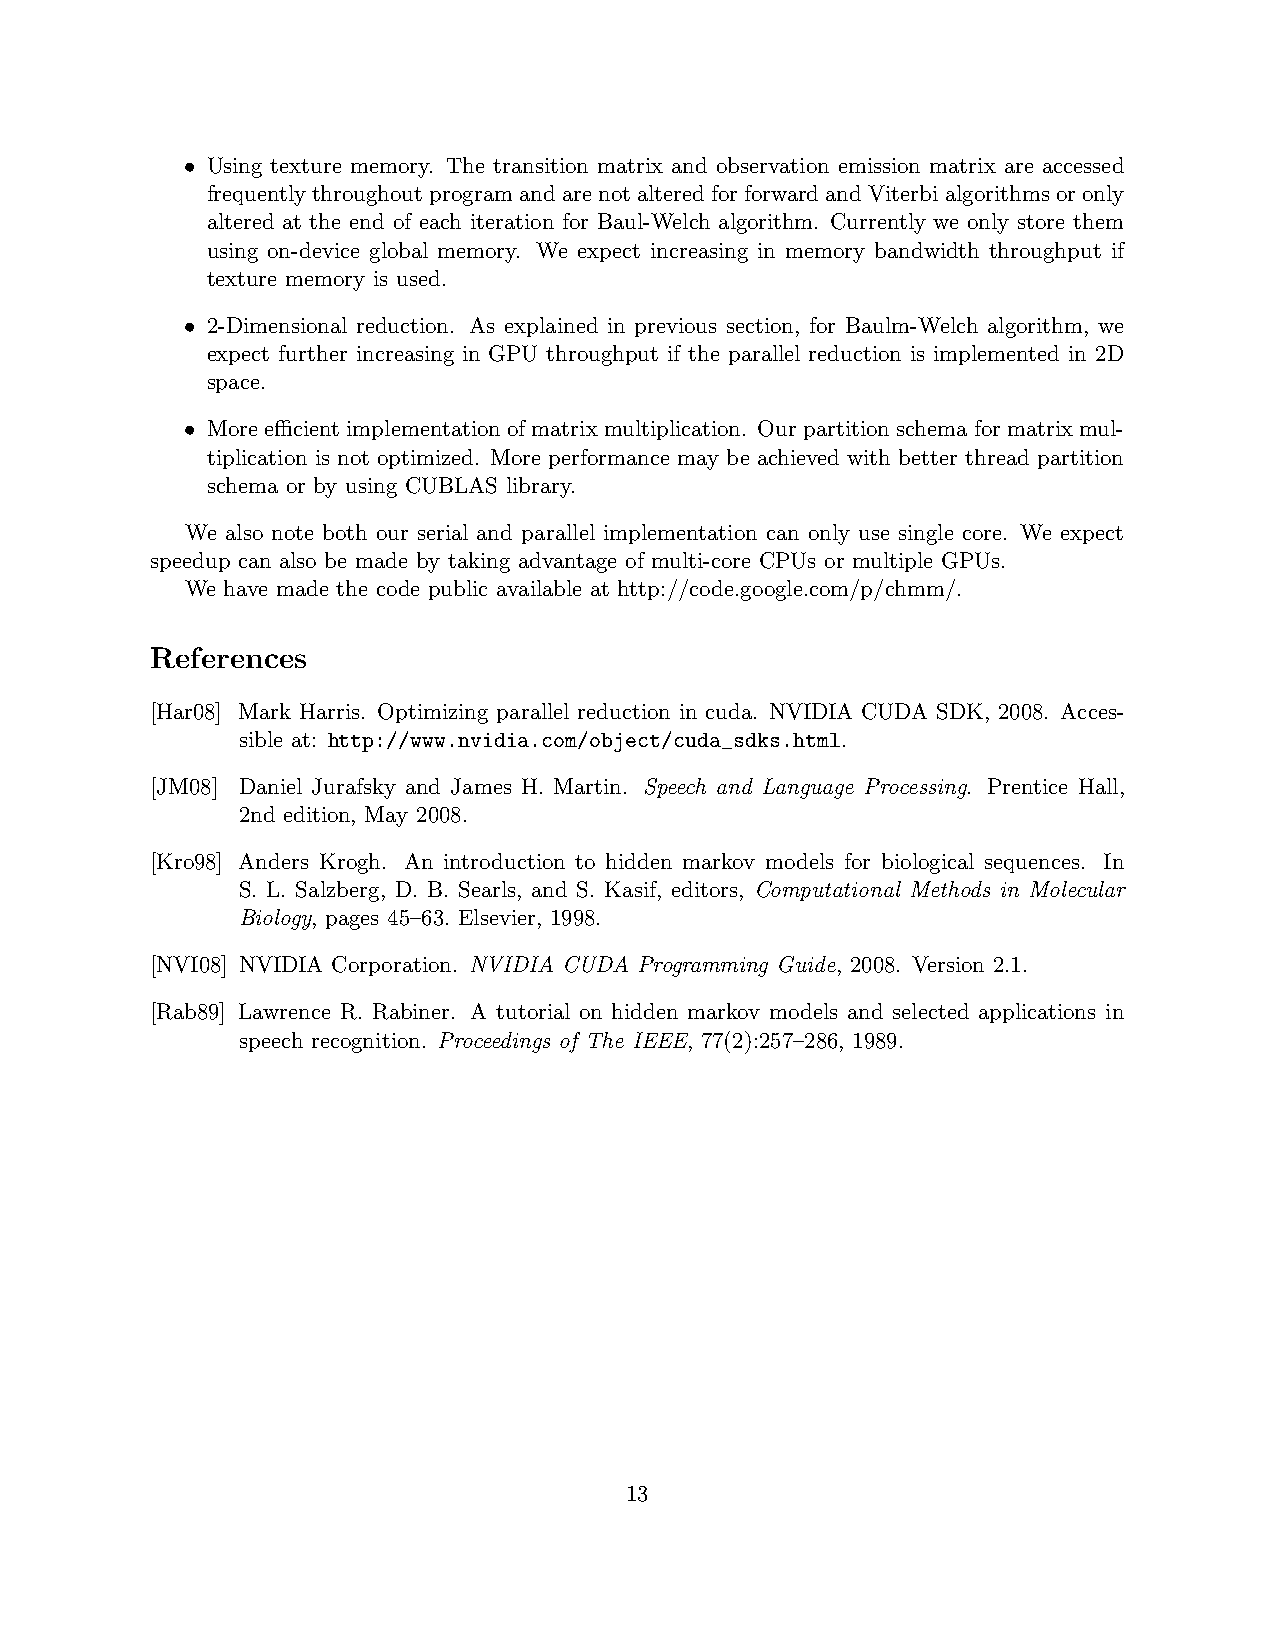
• Using texture memory. The transition matrix and observation emission matrix are accessed
 frequentlythroughoutprogramandarenotalteredforforwardandViterbialgorithmsoronly
 altered at the end of each iteration for Baul-Welch algorithm. Currently we only store them
 using on-device global memory. We expect increasing in memory bandwidth throughput if
 texture memory is used.
 • 2-Dimensional reduction. As explained in previous section, for Baulm-Welch algorithm, we
 expect further increasing in GPU throughput if the parallel reduction is implemented in 2D
 space.
 • Moreefficientimplementationofmatrixmultiplication. Ourpartitionschemaformatrixmul-
 tiplication is not optimized. More performance may be achieved with better thread partition
 schema or by using CUBLAS library.
 We also note both our serial and parallel implementation can only use single core. We expect
 speedup can also be made by taking advantage of multi-core CPUs or multiple GPUs.
 We have made the code public available at http://code.google.com/p/chmm/.
 References
 [Har08] Mark Harris. Optimizing parallel reduction in cuda. NVIDIA CUDA SDK, 2008. Acces-
 sible at: http://www.nvidia.com/object/cuda_sdks.html.
 [JM08] Daniel Jurafsky and James H. Martin. Speech and Language Processing. Prentice Hall,
 2nd edition, May 2008.
 [Kro98] Anders Krogh. An introduction to hidden markov models for biological sequences. In
 S. L. Salzberg, D. B. Searls, and S. Kasif, editors, Computational Methods in Molecular
 Biology, pages 45–63. Elsevier, 1998.
 [NVI08] NVIDIA Corporation. NVIDIA CUDA Programming Guide, 2008. Version 2.1.
 [Rab89] Lawrence R. Rabiner. A tutorial on hidden markov models and selected applications in
 speech recognition. Proceedings of The IEEE, 77(2):257–286, 1989.
 13